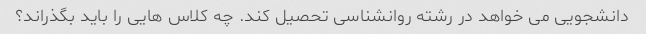
دانشجویی می خواهد در رشته روانشناسی تحصیل کند. چه کلاس هایی را باید بگذراند؟